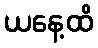
ယနေ့ထိ